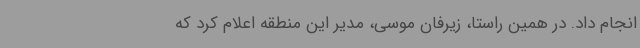
انجام داد. در همین راستا، زیرفان موسی، مدیر این منطقه اعلام کرد که